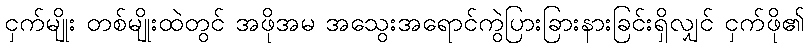
ငှက်မျိုး တစ်မျိုးထဲတွင် အဖိုအမ အသွေးအရောင်ကွဲပြားခြားနားခြင်းရှိလျှင် ငှက်ဖို၏